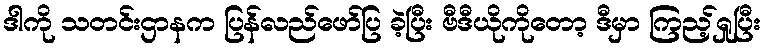
ဒါကို သတင်းဌာနက ပြန်လည်ဖော်ပြ ခဲ့ပြီး ဗီဒီယိုကိုတော့ ဒီမှာ ကြည့်ရှုပြီး